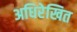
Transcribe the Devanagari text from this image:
अधिरेखित